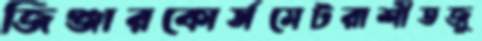
জিঞ্জারকোর্সমেটরাশীতজু